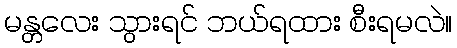
မန္တလေး သွားရင် ဘယ်ရထား စီးရမလဲ။